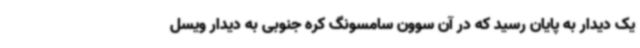
یک دیدار به پایان رسید که در آن سوون سامسونگ کره جنوبی به دیدار ویسل